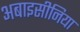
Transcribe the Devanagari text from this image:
अबाइसीनिया